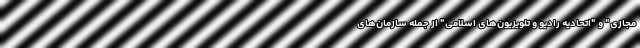
مجازی" و "اتحادیه رادیو و تلویزیون‌های اسلامی" از جمله سازمان‌های